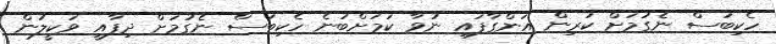
ހެކިބަސް ނެގުމަށް ކުރިން އަންގާފައި ނުވާ ކަމަށްބުނެ ހެކިބަސް ނެގުމަށް ދިފާއީ ވަކީލުން